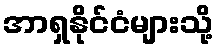
အာရှနိုင်ငံများသို့